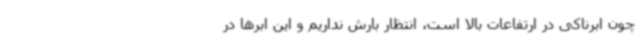
چون ابرناکی در ارتفاعات بالا است، انتظار بارش نداریم و این ابرها در